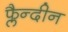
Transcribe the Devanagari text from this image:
फ्लैन्दीन